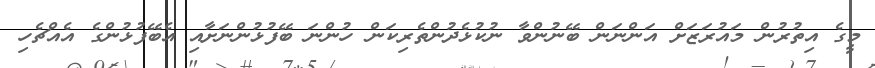
މީގެ އިތުރުން މައުރަޒަށް އަންނަން ބޭނުންވާ ނުކުޅެދުންތެރިކަން ހުންނަ ބޭފުޅުންނަށާއި އެބޭފުޅުންގެ އެއްޗެހި